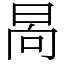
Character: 晑